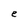
Character: e